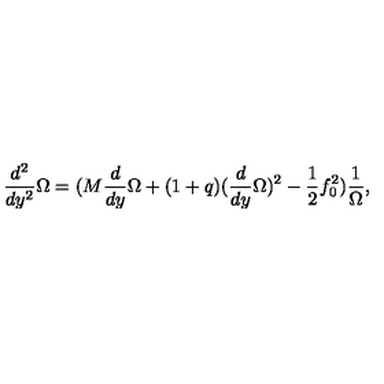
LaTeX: \frac { d ^ { 2 } } { d y ^ { 2 } } \Omega = ( M \frac { d } { d y } \Omega + ( 1 + q ) ( \frac { d } { d y } \Omega ) ^ { 2 } - \frac { 1 } { 2 } f _ { 0 } ^ { 2 } ) \frac { 1 } { \Omega } ,